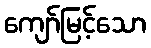
ကျော်မြင့်သော